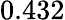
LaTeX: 0.432